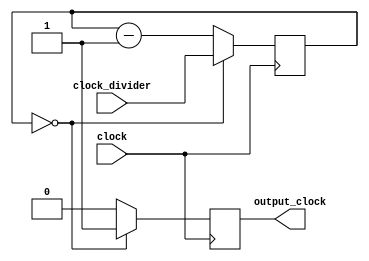
// Divide a clock by `clock_divider + 1`. This isn't strictly a clock divider in the sense
// that if `clock_divider` is 4 it stretches clock three times. Instead it means
// that `output_clock` will be high exactly 1 out of every 3 times clock is high.
//
// In particular this means that if `clock_divider` is 0, then `output_clock` will
// always be 1.
//
module ClockDivider(
	input wire clock,
	input wire[23:0] clock_divider,
	output reg output_clock = 0
);
	// Note that the first clock will be a bit off but
	// iCE40 doesn't support initial values other than
	// 0 and it doesn't matter really.
	reg[23:0] counter = 0;

	always @(posedge clock) begin
		if (counter == 0) begin
			counter <= clock_divider;
			output_clock <= 1;
		end else begin
			counter <= counter - 1;
			output_clock <= 0;
		end
	end
endmodule